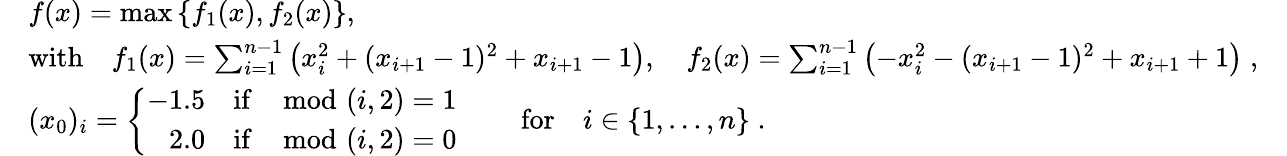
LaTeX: \begin{array}{rlr}&{f(x)=\operatorname*{max}\left\{ f_{1}(x),f_{2}(x)\right\} ,}&\\ &{\mathrm{with}\quad f_{1}(x)=\sum_{i=1}^{n-1}\left(x_{i}^{2}+(x_{i+1}-1)^{2}+x_{i+1}-1\right),\quad f_{2}(x)=\sum_{i=1}^{n-1}\left(-x_{i}^{2}-(x_{i+1}-1)^{2}+x_{i+1}+1\right)\; ,}\\ &{(x_{0})_{i}=\left\{ \begin{array}{ll}{-1.5}&{\mathrm{if}\; \mod(i,2)=1}\\ {\phantom{-}2.0}&{\mathrm{if}\; \mod(i,2)=0\; }\end{array}\right.\qquad\mathrm{for}\quad i\in\{ 1,\ldots,n\} \; .}\end{array}